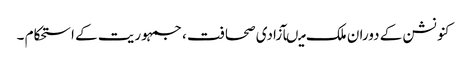
کنونشن کے دوران ملک میںآزادی صحافت ، جمہوریت کے استحکام ۔